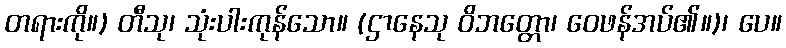
တရားကို။) တီသု၊ သုံးပါးကုန်သော။ (ဌာနေသု ဝိဘတ္တော၊ ဝေဖန်အပ်၏။)၊ ပေ။